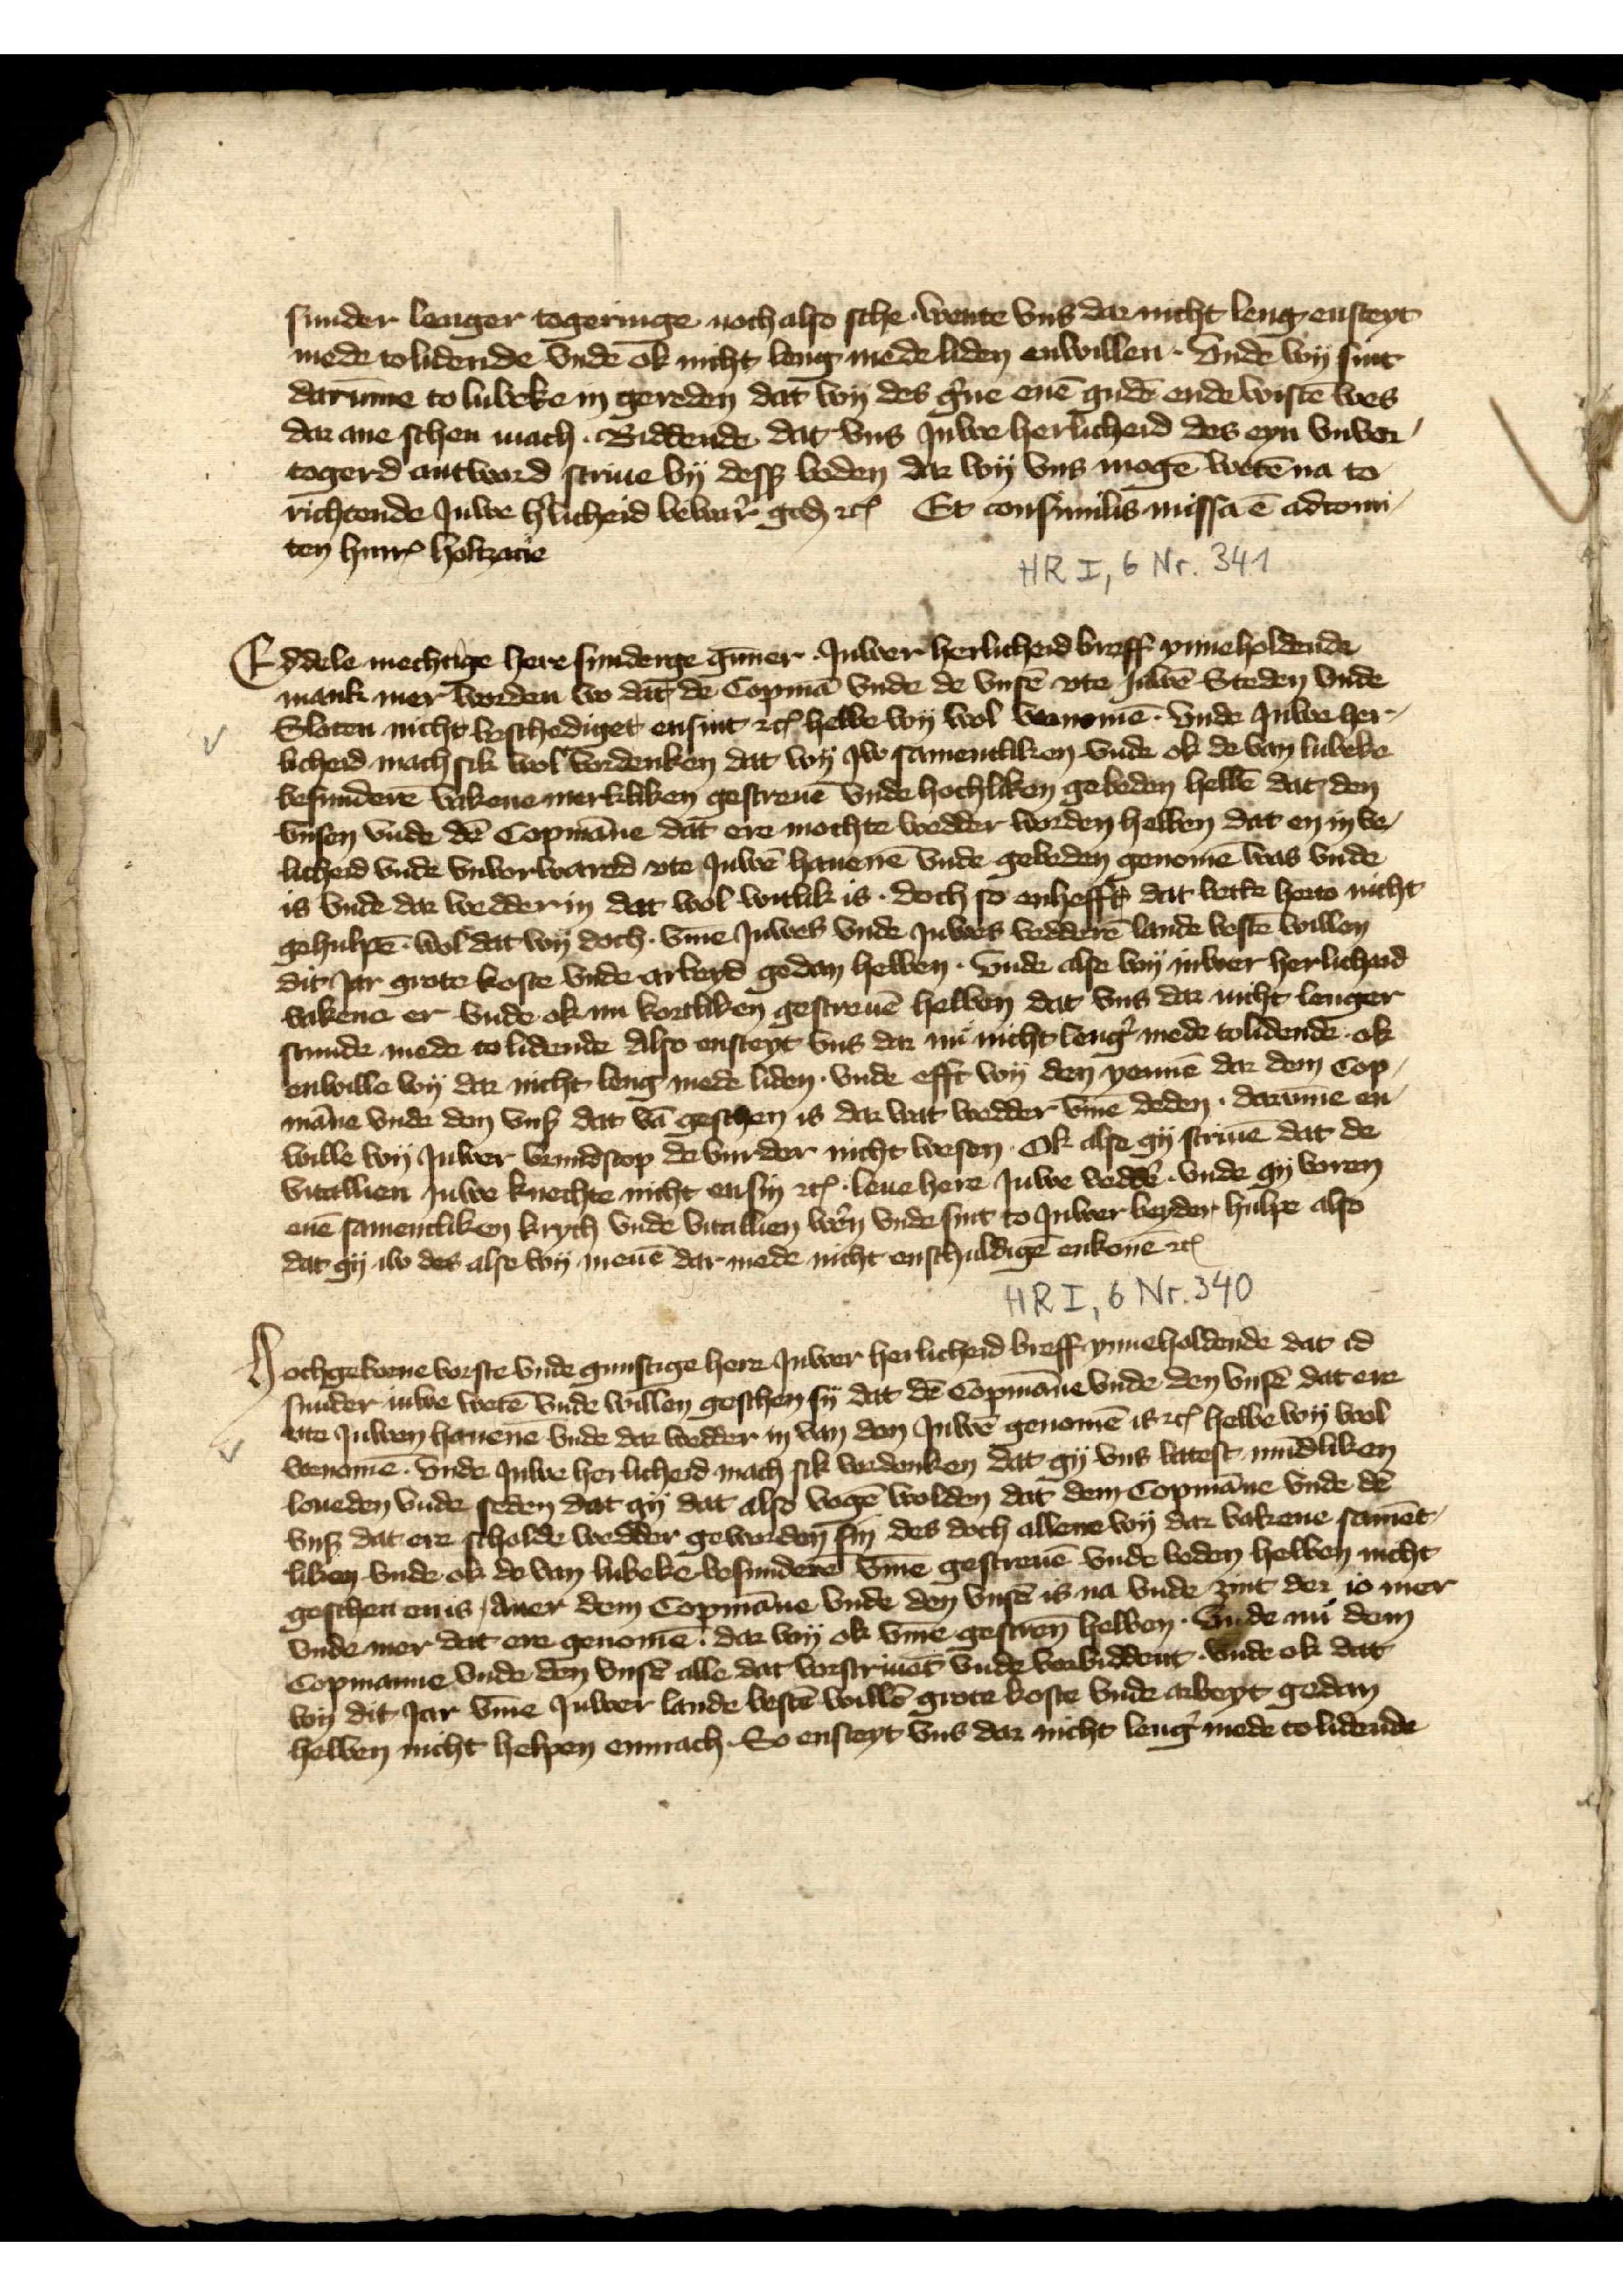
sunder langer togeringe noch also sche wente vns dar nicht lengren steyt
mede tolidende vnde ok nicht leng mede liden enwillen. Vnde wy sint
darūme to Lubeke in gereden dat wy des g̉ne enē gude ende wistē wes
dar ane schen mach. Biddende dat vns Juwe herlicheid des eyn vnvor¬
togerd antword scriue by desß boden dar wy vns mogē wetē na to
richtende Juwe h̉licheid bewar̉ goḑ etꝬ Et consimilis missa ē adtomi¬
ten HinrꝬ Holtzarie

Eddele mechtige here sunderge gūner. Juwer herlicheid breff ynneholdende
vakene er vnde ok in kortliken gescreuē hebben dat vns dar nicht lenger
mank mer worden wo dat de Copmā vnde de vnsē vte Juwē Steden vnde
Sloten nicht beschediget ensint etꝬ hebbe wy wol vornomē vnde Juwe her¬
licheid mach sik wol vordenken dat wy Jw samenliken vnde ok de van Lubeke
besunderē vakene merkliken gescreuē vnde hochliken gebeden hebbē dat den
vnsen vnde dē Copmāne dat ere mochte wedder worden hebben dat en in ve¬
licheid vnde vnvorwared vte Juwē hauenē vnde geleden genomē was vnde
is vnde dar wedder in dat wol witlik is. doch so enhefft dat bette herto nicht
gehulpē. wol dat wy doch. v̄me Juwes vnde Juwes vedderē lande bestē willen
dit Jar grote koste vnde arbeyd gedan hebben. Vnde alse wy iuwer herlicheid
Hochgeborne vorse vnde gunstige here Juwer herlicheid breff ynneholdende dat id
vakene er vnde ok in kortliken gescreuē hebben dat vns dar nicht lenger
stunde mede to lidende Also ensteyt vns dar nu nicht leng̉ mede tolidende ok
enwille wy dar nicht leng mede liden. Vnde efft wy den yennē dar dem Cop¬
māne vnde don vnß dat vā geschen is dar wat wedder v̄me deden. darūme en
wille wy Juwer vrundscop de vurder nicht wesen. Ok alse gy scriuē dat de
vitallien Juwe knechte nicht ensin etꝬ . leue here Juwe veddẻ vnde gy voren
enē samentliken krych vnde vitallien wẻn vnde syt to Juwer beyden hulpe also
dat gy iw des alse wy menē dar mede nicht enschuldigē enkonē etꝬ
dit Jar grote koste vnde arbeyd gedan hebben. Vnde alse wy iuwer herlicheid

Hochgeborne vorse vnde gunstige here Juwer herlicheid breff ynneholdende dat id
sunder iuwe wetē vnde willen geschen sy dat dē Copmāne vnde den vnsē dat ere
ute Juwen hauenē vnde dar wedder in van den Juwē genomē is etꝬ hebbe wy wol
vornomē. vnde Juwe herlicheid mach sik vordenken dat gy vns latest mūdliken
loueden vnde seden dat gy dat also vogē wolden dat dem Copmāne vnde dē
vnß dat ere scholde wedder geworden sin des doch allene wy dar lakene samēt¬
liken vnde ok do van Lubeke besunderē v̄me gescreuē vnd beden hebben nicht
geschen en is, daer dem Copmāne vnde den vnsē is na vnde zint der is mer
vnde mer dat ere genomē. dar wy ok v̄me gescrēn hebben. Vnde nu dem
Copmanne vnde den vnsē alle dat vorscriuet vnde vorbiddent. vnde ok dat
wy dit Jar v̄me Juwer lande bestē willē grote koste vnde arbeyt gedan
hebben nicht helpen enmach So ensteyt vns dar nicht leng̉ mede to lidende